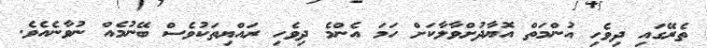
ތެރޭގައި ދިވެހި އުންމަތް އޮޔާދުށްވާލާކަށް ހަމަ އެންމެ ދިވެހި ރައްޔިތަކުވެސް ބޭނުމެއް ނުވާނެއެވެ.